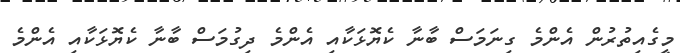
މީގެއިތުރުން އެންމެ ގިނަމަސް ބާނާ ކެޔޮޅަކާއި އެންމެ ދިގުމަސް ބާނާ ކެޔޮޅަކާއި އެންމެ